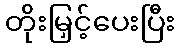
တိုးမြှင့်ပေးပြီး